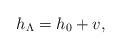
LaTeX: \begin{align*}h_\Lambda = h_0 + v ,\end{align*}